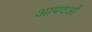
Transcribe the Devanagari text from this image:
आपदओं